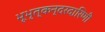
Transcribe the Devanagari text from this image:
भूभृत्कन्दरदारिणी